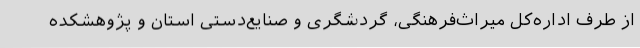
از طرف اداره‌کل میراث‌فرهنگی، گردشگری و صنایع‌دستی استان و پژوهشکده